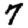
Digit: 7